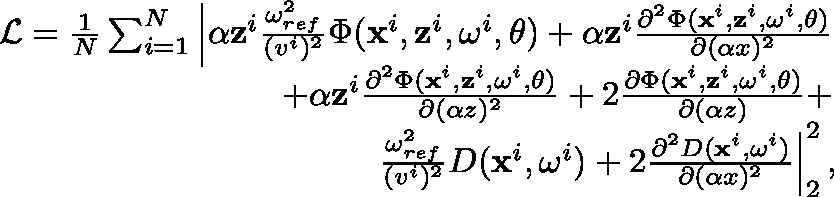
\begin{array} { r } { \mathcal { L } = \frac { 1 } { N } \sum _ { i = 1 } ^ { N } \left| \alpha \mathbf { z } ^ { i } \frac { \omega _ { r e f } ^ { 2 } } { ( v ^ { i } ) ^ { 2 } } \Phi ( \mathbf { x } ^ { i } , \mathbf { z } ^ { i } , \mathbf { \omega } ^ { i } , \theta ) + \alpha \mathbf { z } ^ { i } \frac { \partial ^ { 2 } \Phi ( \mathbf { x } ^ { i } , \mathbf { z } ^ { i } , \mathbf { \omega } ^ { i } , \theta ) } { \partial ( \alpha x ) ^ { 2 } } \right. } \\ { \left. + \alpha \mathbf { z } ^ { i } \frac { \partial ^ { 2 } \Phi ( \mathbf { x } ^ { i } , \mathbf { z } ^ { i } , \mathbf { \omega } ^ { i } , \theta ) } { \partial ( \alpha z ) ^ { 2 } } + 2 \frac { \partial \Phi ( \mathbf { x } ^ { i } , \mathbf { z } ^ { i } , \mathbf { \omega } ^ { i } , \theta ) } { \partial ( \alpha z ) } + \right. } \\ { \left. \frac { \omega _ { r e f } ^ { 2 } } { ( v ^ { i } ) ^ { 2 } } D ( \mathbf { x } ^ { i } , \mathbf { \omega } ^ { i } ) + 2 \frac { \partial ^ { 2 } D ( \mathbf { x } ^ { i } , \mathbf { \omega } ^ { i } ) } { \partial ( \alpha x ) ^ { 2 } } \right| _ { 2 } ^ { 2 } , } \end{array}